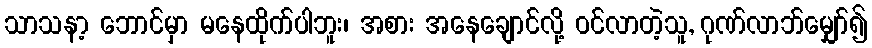
သာသနာ့ ဘောင်မှာ မနေထိုက်ပါဘူး၊ အစား အနေချောင်လို့ ဝင်လာတဲ့သူ, ဂုဏ်လာဘ်မျှော်၍